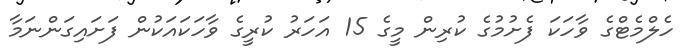
ހެލްމެޓްގެ ވާހަކަ ފެށުމުގެ ކުރިން މީގެ 15 އަހަރު ކުރީގެ ވާހަކައަކުން ފަށައިގަންނަމާ